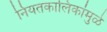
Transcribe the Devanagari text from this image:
नियतकालिकांमुळे